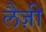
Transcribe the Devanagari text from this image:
लैज़ी